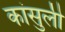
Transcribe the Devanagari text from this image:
कांसुली